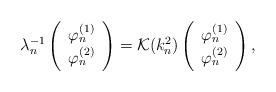
LaTeX: \begin{align*} \lambda_n^{-1} \left( \begin{array}{c}\varphi^{(1)}_n\\\varphi^{(2)}_n\end{array}\right) =\mathcal{K} (k_n^2) \left( \begin{array}{c}\varphi^{(1)}_n\\\varphi^{(2)}_n \end{array} \right) , \end{align*}